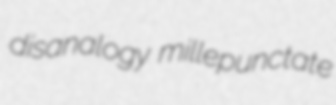
disanalogy millepunctate